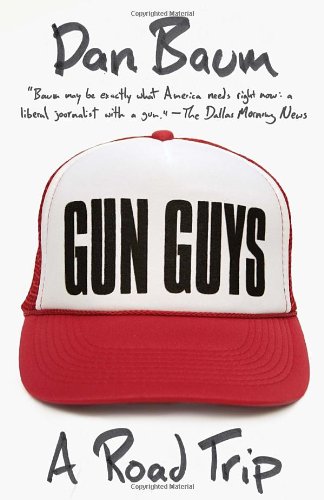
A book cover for Gun Guys: A Road Trip (Vintage Departures); Dan Baum; Humor & Entertainment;